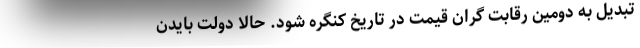
تبدیل به دومین رقابت گران قیمت در تاریخ کنگره شود. حالا دولت بایدن